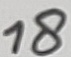
Text: 18